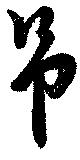
吊